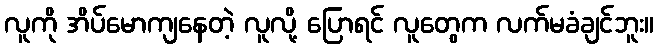
လူကို အိပ်မောကျနေတဲ့ လူလို့ ပြောရင် လူတွေက လက်မခံချင်ဘူး။